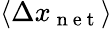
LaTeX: \left\langle\Delta x_{\mathrm{~n~e~t~}}\right\rangle